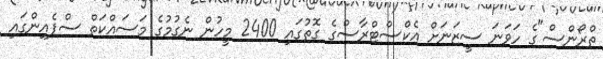
ތްރޯންސް"ގެ ހަވަނަ ސީޒަނަށް އެކްސްޓްރާސްގެ ގޮތުގައި 2400 މީހުން ނެގުމުގެ މަސައްކަތް ސްޕެއިންގައި